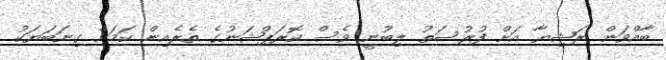
ބާއްވަން ރަޝިޔާ އަށް ފުރުސަތު ލިބުނީ ވެސް ކޮރަޕްޝަނުގެ ތެރެއިން ކަމަށް ގިނަބަޔަކު